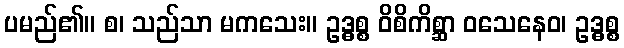
ပမည်၏။ စ၊ သည်သာ မကသေး။ ဥဒ္ဓစ္စ ဝိစိကိစ္ဆာ ဝသေနေဝ၊ ဥဒ္ဓစ္စ